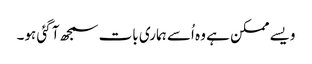
ویسے ممکن ہے وہ اُسے ہماری بات سمجھ آ گئی ہو۔